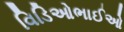
વિડિઓભાઈઓ